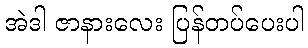
အဲဒါ ဇာနားလေး ပြန်တပ်ပေးပါ